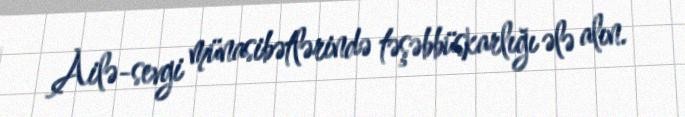
Ailə-sevgi münasibətlərində təşəbbüskarlığı ələ alın.